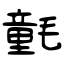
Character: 氃